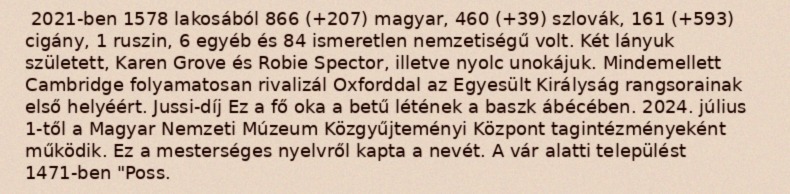
2021-ben 1578 lakosából 866 (+207) magyar, 460 (+39) szlovák, 161 (+593) cigány, 1 ruszin, 6 egyéb és 84 ismeretlen nemzetiségű volt. Két lányuk született, Karen Grove és Robie Spector, illetve nyolc unokájuk. Mindemellett Cambridge folyamatosan rivalizál Oxforddal az Egyesült Királyság rangsorainak első helyéért. Jussi-díj Ez a fő oka a betű létének a baszk ábécében. 2024. július 1-től a Magyar Nemzeti Múzeum Közgyűjteményi Központ tagintézményeként működik. Ez a mesterséges nyelvről kapta a nevét. A vár alatti települést 1471-ben "Poss.